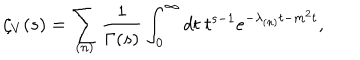
\zeta _ { V } ( s ) = \sum _ { ( n ) } \frac { 1 } { \Gamma ( s ) } \int _ { 0 } ^ { \infty } d t \ t ^ { s - 1 } e ^ { - \lambda _ { ( n ) } t - m ^ { 2 } t } ,